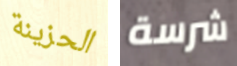
الحزينة شرسة